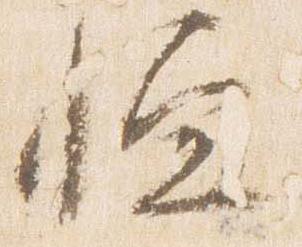
恒